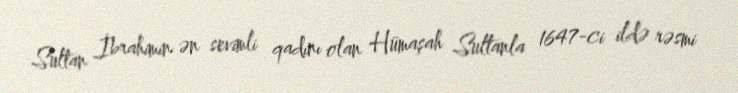
Sultan İbrahimin ən sevimli qadını olan Hümaşah Sultanla 1647-ci ildə rəsmi